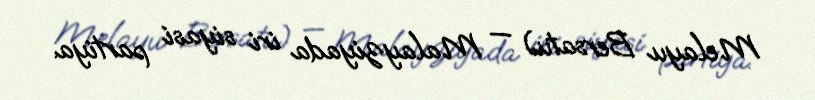
Melayu Bersatu) — Malayziyada iri siyasi partiya.